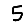
Digit: 5